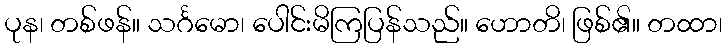
ပုန၊ တစ်ဖန်။ သင်္ဂမော၊ ပေါင်းမိကြပြန်သည်။ ဟောတိ၊ ဖြစ်၏။ တထာ၊